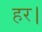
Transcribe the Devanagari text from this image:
हर।